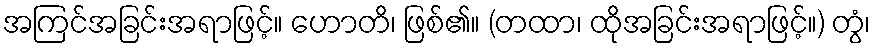
အကြင်အခြင်းအရာဖြင့်။ ဟောတိ၊ ဖြစ်၏။ (တထာ၊ ထိုအခြင်းအရာဖြင့်။) တွံ၊